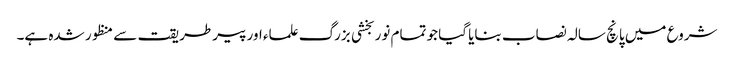
شروع میں پانچ سالہ نصاب بنایا گیا جو تمام نوربخشی بزرگ علماء اور پیرطریقت سے منظور شدہ ہے۔